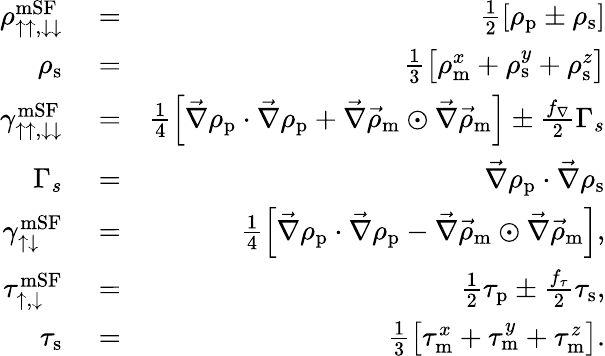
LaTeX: \begin{array}{rlr}{\rho_{\uparrow\uparrow,\downarrow\downarrow}^{\textrm{mSF}}}&{{}=}&{\frac{1}{2}\left[\rho_{\textrm{p}}\pm\rho_{\textrm{s}}\right]}\\ {\rho_{\textrm{s}}}&{{}=}&{\frac{1}{3}\left[\rho_{\textrm{m}}^{x}+\rho_{\textrm{s}}^{y}+\rho_{\textrm{s}}^{z}\right]}\\ {\gamma_{\uparrow\uparrow,\downarrow\downarrow}^{\textrm{mSF}}}&{{}=}&{\frac{1}{4}\left[\vec{\nabla}\rho_{\textrm{p}}\cdot\vec{\nabla}\rho_{\textrm{p}}+\vec{\nabla}\vec{\rho}_{\textrm{m}}\odot\vec{\nabla}\vec{\rho}_{\textrm{m}}\right]\pm\frac{f_{\nabla}}{2}\Gamma_{s}}\\ {\Gamma_{s}}&{{}=}&{\vec{\nabla}\rho_{\textrm{p}}\cdot\vec{\nabla}\rho_{\textrm{s}}}\\ {\gamma_{\uparrow\downarrow}^{\textrm{mSF}}}&{{}=}&{\frac{1}{4}\left[\vec{\nabla}\rho_{\textrm{p}}\cdot\vec{\nabla}\rho_{\textrm{p}}-\vec{\nabla}\vec{\rho}_{\textrm{m}}\odot\vec{\nabla}\vec{\rho}_{\textrm{m}}\right],}\\ {\tau_{\uparrow,\downarrow}^{\textrm{mSF}}}&{{}=}&{\frac{1}{2}\tau_{\textrm{p}}\pm\frac{f_{\tau}}{2}\tau_{\textrm{s}},}\\ {\tau_{\textrm{s}}}&{{}=}&{\frac{1}{3}\left[\tau_{\textrm{m}}^{x}+\tau_{\textrm{m}}^{y}+\tau_{\textrm{m}}^{z}\right].}\end{array}